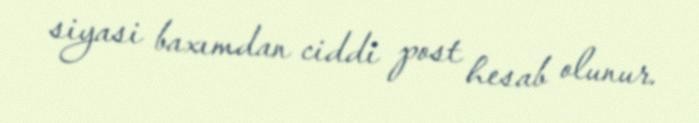
siyasi baxımdan ciddi post hesab olunur.